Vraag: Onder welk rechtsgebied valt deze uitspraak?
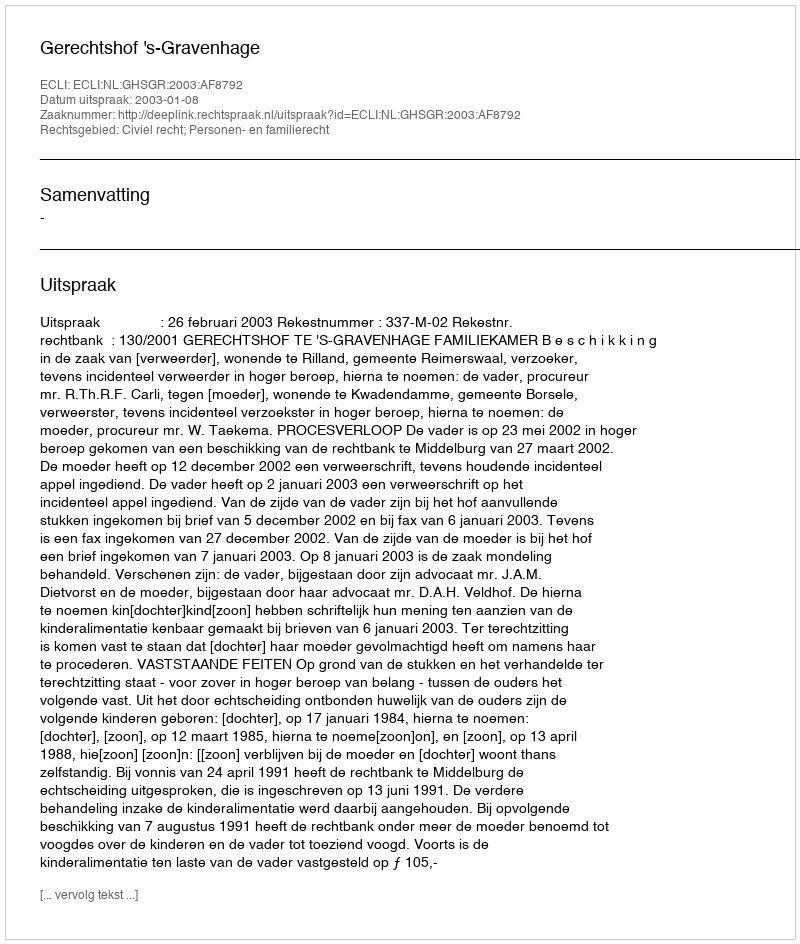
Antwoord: Civiel recht; Personen- en familierecht